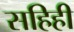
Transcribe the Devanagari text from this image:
सहिही